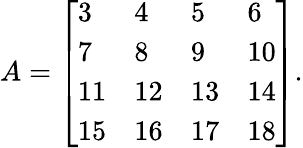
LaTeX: \begin{array}{r}{A=\left[\begin{array}{llll}{3}&{4}&{5}&{6}\\ {7}&{8}&{9}&{10}\\ {11}&{12}&{13}&{14}\\ {15}&{16}&{17}&{18}\end{array}\right].}\end{array}